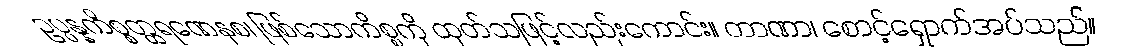
ဥပ္ပန္နကိစ္စတ္ထရဏေနစ၊ ဖြစ်သောကိစ္စကို ထုတ်သဖြင့်လည်းကောင်း။ တာဏာ၊ စောင့်ရှောက်အပ်သည်။